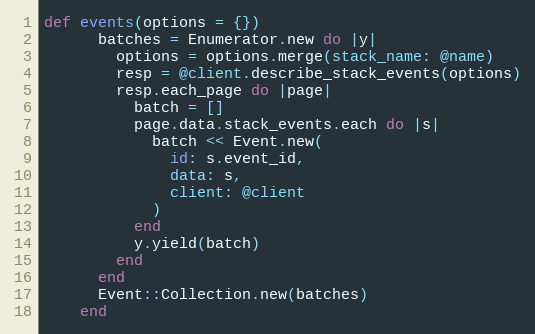
Language: Ruby
def events(options = {})
      batches = Enumerator.new do |y|
        options = options.merge(stack_name: @name)
        resp = @client.describe_stack_events(options)
        resp.each_page do |page|
          batch = []
          page.data.stack_events.each do |s|
            batch << Event.new(
              id: s.event_id,
              data: s,
              client: @client
            )
          end
          y.yield(batch)
        end
      end
      Event::Collection.new(batches)
    end